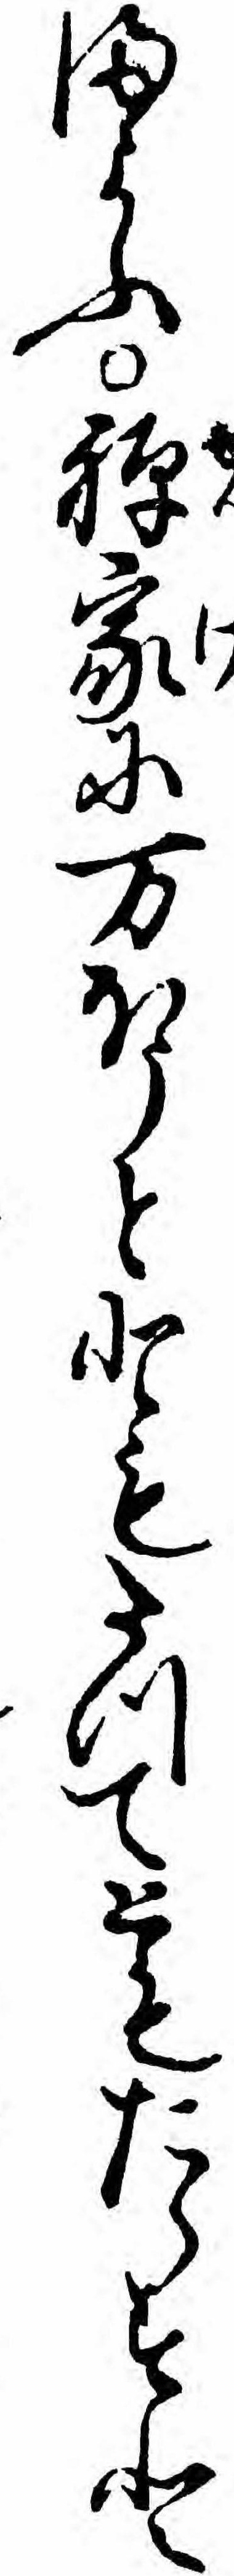
まよふ禅家に万ほうとともたつてともたらすと